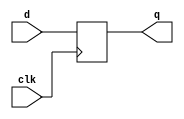
/*Important: Once you run ./a.out, it will keep running infinitely, because it is in an always block. You need to hit Ctrl +Z to stop it, else, the vcd will become a large file and will never end.

*/

`timescale 1ns/1ps
module dflipflop(q, d, clk);
output q;
input d;
input clk;
reg q;

//behavioral/ sequential designs
always @(posedge clk) // trigger/sensitivity list
q = d;  // <= is a non-blocking statement
endmodule

//Testbench:
module dflipfloptb;
reg d;
reg clk;
wire q;

dflipflop name (q,d,clk);

initial begin
// Initialize Inputs
$dumpfile ("dff_out.vcd"); 
$dumpvars(0,dflipfloptb);

//These initial statements are very important- without which the next always block
//will not work
d = 0;  //at time=0
clk = 0; //at time=0
end

always 
#3 clk = ~clk; // toggle or negate the clock every 3 units of time.
// ~ is a negation operator

always 
#5 d=~d;  // toggle or negate the D input every 5 units of time
//Alternately:
//always begin
//#5 d =1;
//#15 d=0;
//#2 d=1;
//end
endmodule